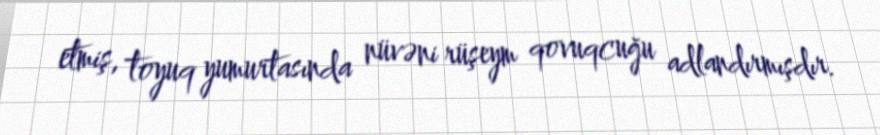
etmiş, toyuq yumurtasında nüvəni rüşeym qovuqcuğu adlandırmışdır.